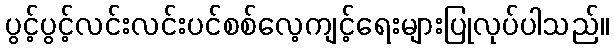
ပွင့်ပွင့်လင်းလင်းပင်စစ်လေ့ကျင့်ရေးများပြုလုပ်ပါသည်။